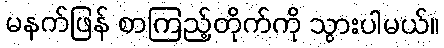
မနက်ဖြန် စာကြည့်တိုက်ကို သွားပါမယ်။